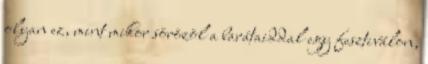
olyan ez, mint mikor sörözöl a barátaiddal egy fesztiválon,